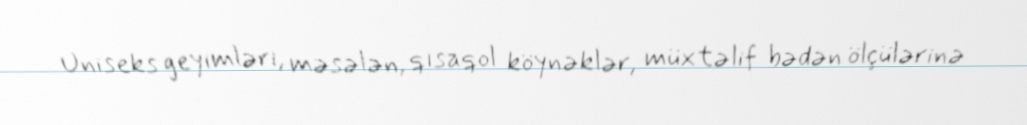
Uniseks geyimləri, məsələn, qısaqol köynəklər, müxtəlif bədən ölçülərinə